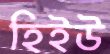
হিইউ